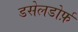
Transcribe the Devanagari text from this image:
डसेलडोर्फ़